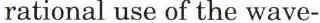
rational use of the wave-